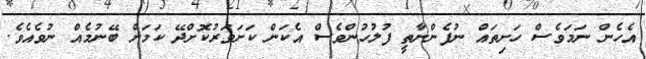
އެހެން ނަމަވެސް ހަށިތައް ނުފެންނާތީ ފުލުހުންވެސް އެކަން ކަށަވަރުކޮށްދޭ ކަމަށް ބޭނުމެއް ނުވެއެވެ.